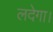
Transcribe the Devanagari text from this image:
लदेगा।